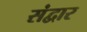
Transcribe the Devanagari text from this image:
संद्वार